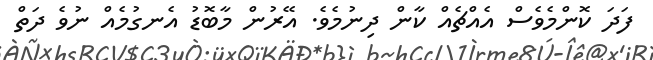
ފަދަ ކޮންމެވެސް އެއްޗެއް ކާން ދިނުމެވެ. އޭރުން މާބޮޑު އެނގުމެއް ނުވެ ދަތް